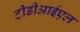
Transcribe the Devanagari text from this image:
टीडीआईएल